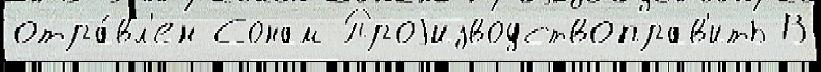
отра́вл'ен Сонам Проjизводствоправ'ить В